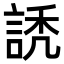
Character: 䛢